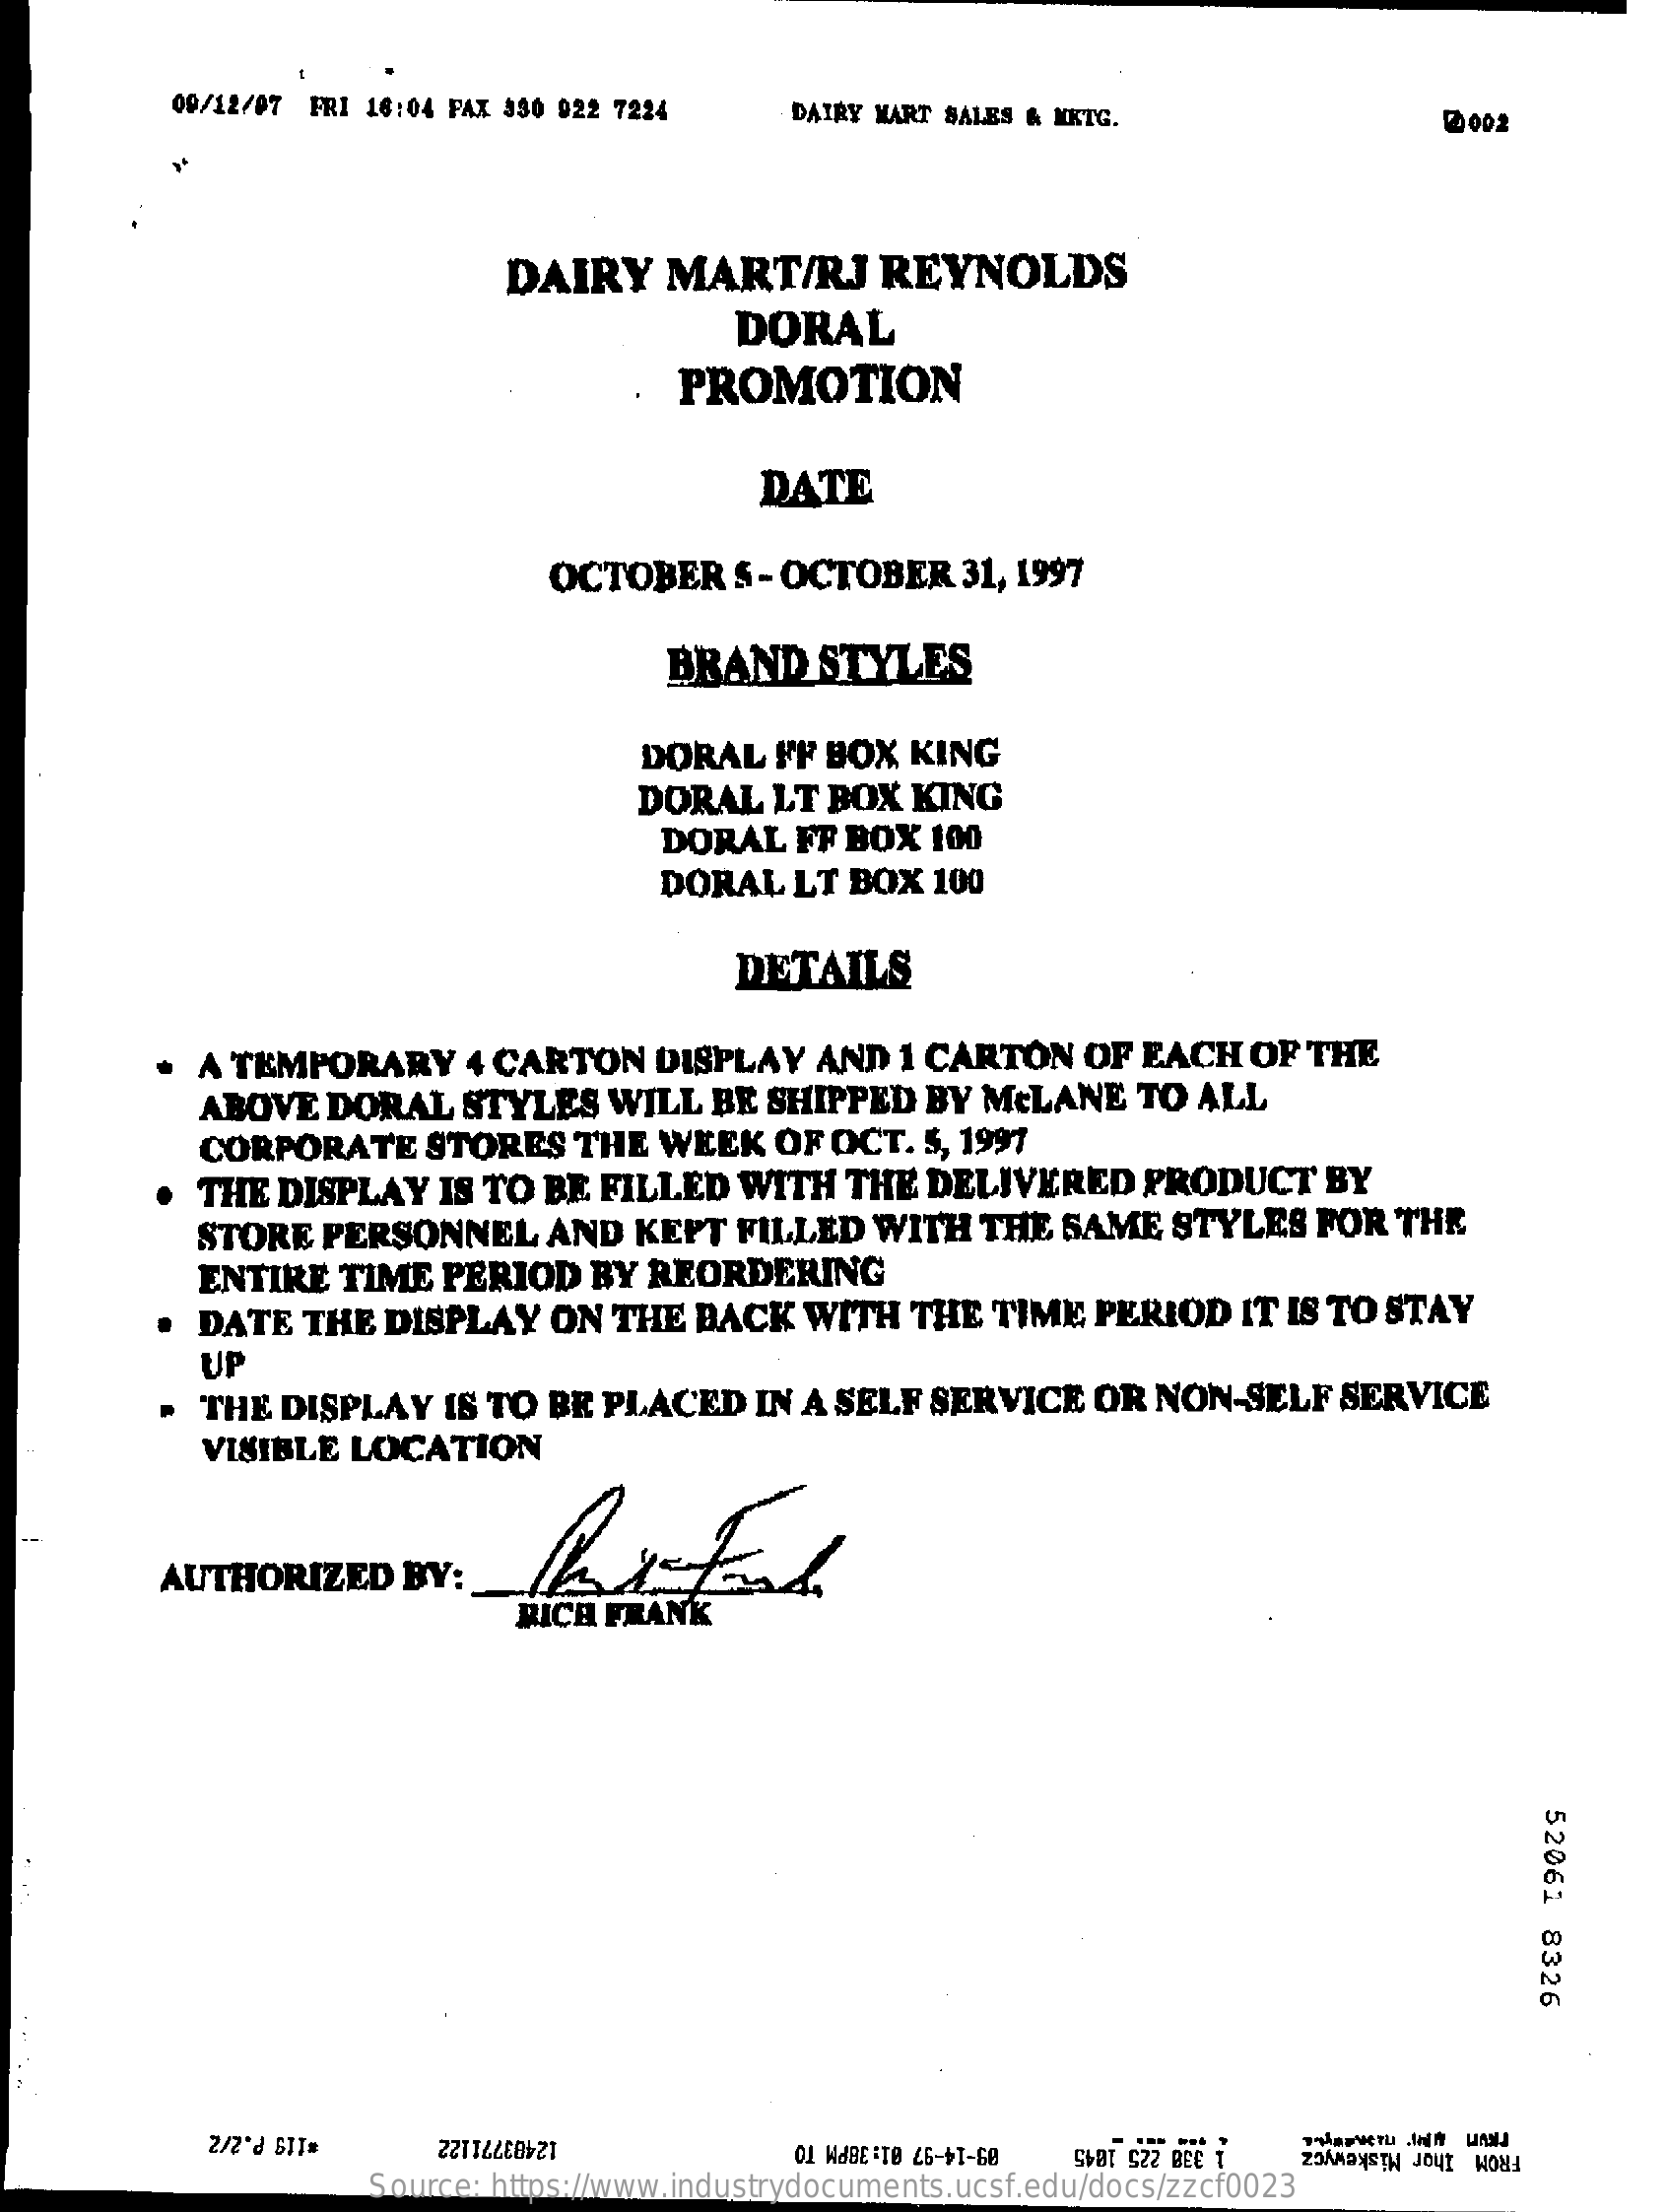
09/12/07 FRI 16:04 FAX 330 922 7224    DAIRY MART SALES & MKTG.    2002
     DAIRY    MART/RJ    REYNOLDS
     DORAL
     PROMOTION
     DATE
     OCTOBER    5- OCTOBER    31, 1997
     BRAND    STYLES
     DORAL   FF  BOX  KING
     DORAL   LT  BOX  KING
     DORAL   FF BOX  100
     DORAL   LT  BOX   100
     DETAILS
     .  A TEMPORARY    4 CARTON    DISPLAY   AND  1 CARTON    OF  EACH   OF  THE
     ABOVE   DORAL   STYLES    WILL  BE  SHIPPED   BY  McLANE    TO ALL
     CORPORATE    STORES    THE  WEEK   OF  OCT.  5, 1997
     THE DISPLAY    IS TO  BE FILLED   WITH   THE  DELIVERED    PRODUCT    BY
     STORE  PERSONNEL    AND  KEPT   FILLED   WITH   THE  SAME   STYLES   FOR  THE
     ENTIRE   TIME  PERIOD    BY REORDERING
     DATE  THE  DISPLAY    ON  THE  BACK   WITH   THE   TIME  PERIOD   IT IS TO STAY
     UP
     . THE  DISPLAY   IS TO  BE PLACED    IN A SELF  SERVICE    OR  NON-SELF   SERVICE
     VISIBLE  LOCATION
     AUTHORIZED    BY:
     RICH  FRANK
     52061
     8326
     01 WJBC:TØ 26-+1-60
     Source: https://www.industrydocuments.ucsf.edu/docs/zzcf0023
     12483771122    SVØT S22 BEC T    FROM Thor Miskewycz